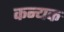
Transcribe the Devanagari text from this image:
कन्यक